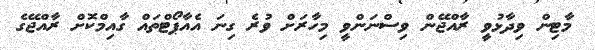
މާޓިން ވިދާޅުވީ ރާއްޖޭން ވިސްނަންވީ މިހާރަށް ވުރެ ގިނަ އެއާޕޯޓްތައް ގާއިމްކޮށް ރާއްޖޭގެ